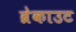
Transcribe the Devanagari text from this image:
ब्रेकाउट